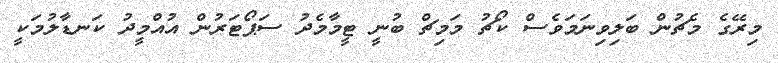
މިރޭގެ މެޗުން ބަލިވިނަމަވެސް ކޯޗު މަމިޗް ބުނީ ޓީމާމެދު ސަޕޯޓަރުން އުއްމީދު ކަނޑާލުމަކީ